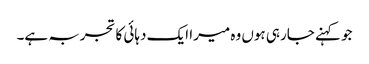
جو کہنے جارہی ہوں وہ میرا ایک دہائی کا تجربہ ہے۔